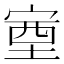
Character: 𡨾